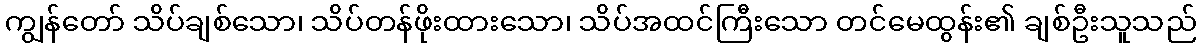
ကျွန်တော် သိပ်ချစ်သော၊ သိပ်တန်ဖိုးထားသော၊ သိပ်အထင်ကြီးသော တင်မေထွန်း၏ ချစ်ဦးသူသည်